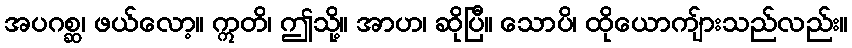
အပဂစ္ဆ၊ ဖယ်လော့။ ဣတိ၊ ဤသို့။ အာဟ၊ ဆိုပြီ။ သောပိ၊ ထိုယောကျ်ားသည်လည်း။